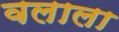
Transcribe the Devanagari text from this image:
वलाला